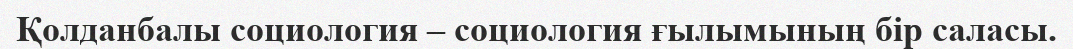
Қолданбалы социология – социология ғылымының бір саласы.